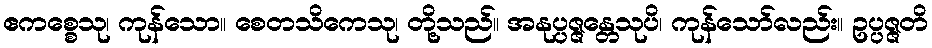
ဧကစ္စေသု၊ ကုန်သော။ စေတသိကေသု၊ တို့သည်။ အနုပ္ပဇ္ဇန္တေသုပိ၊ ကုန်သော်လည်း။ ဥပ္ပဇ္ဇတိ